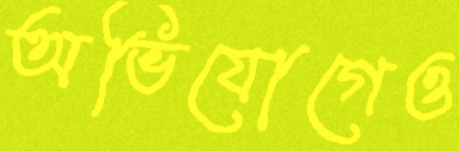
অভিযোগেও